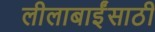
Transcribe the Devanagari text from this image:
लीलाबाईंसाठी